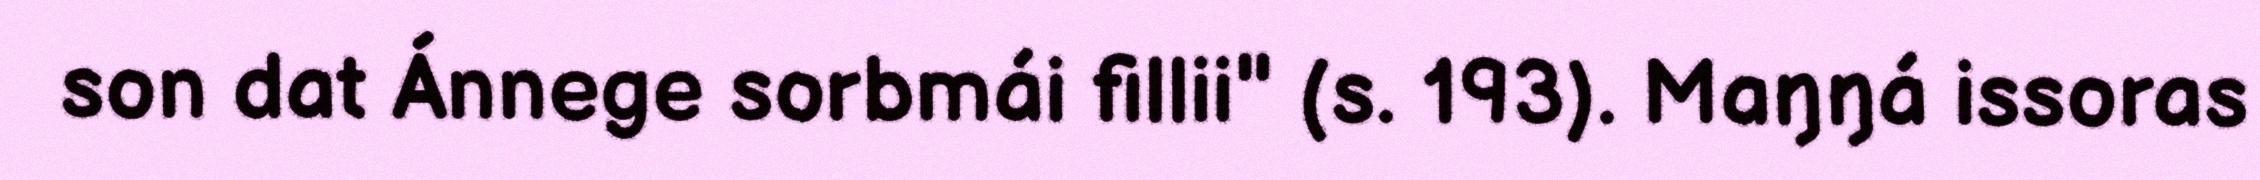
son dat Ánnege sorbmái fillii" (s. 193). Maŋŋá issoras